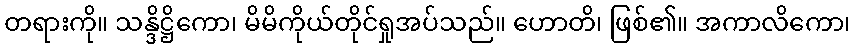
တရားကို။ သန္ဒိဋ္ဌိကော၊ မိမိကိုယ်တိုင်ရှုအပ်သည်။ ဟောတိ၊ ဖြစ်၏။ အကာလိကော၊